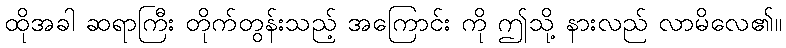
ထိုအခါ ဆရာကြီး တိုက်တွန်းသည့် အကြောင်း ကို ဤသို့ နားလည် လာမိလေ၏။